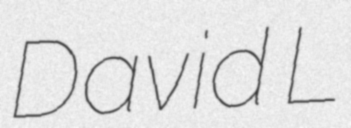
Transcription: David L